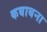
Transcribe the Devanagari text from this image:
कबाबना